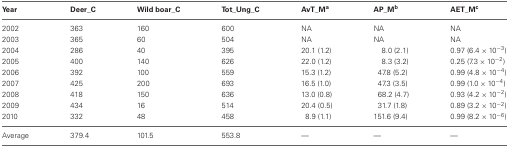
<table><thead><tr><td><b>Year</b></td><td><b>Deer_C</b></td><td><b>Wild boar_C</b></td><td><b>Tot_Ung_C</b></td><td><b>AvT_M<sup>a</sup></b></td><td><b>AP_M<sup>b</sup></b></td><td><b>AET_M<sup>c</sup></b></td></tr></thead><tbody><tr><td>2002</td><td>363</td><td>160</td><td>600</td><td>NA</td><td>NA</td><td>NA</td></tr><tr><td>2003</td><td>365</td><td>60</td><td>504</td><td>NA</td><td>NA</td><td>NA</td></tr><tr><td>2004</td><td>286</td><td>40</td><td>395</td><td>20.1 (1.2)</td><td>8.0 (2.1)</td><td>0.97 (6.4 × 10<sup>−3</sup>)</td></tr><tr><td>2005</td><td>400</td><td>140</td><td>626</td><td>22.0 (1.2)</td><td>8.3 (3.2)</td><td>0.25 (7.3 × 10<sup>−2</sup>)</td></tr><tr><td>2006</td><td>392</td><td>100</td><td>559</td><td>15.3 (1.2)</td><td>47.8 (5.2)</td><td>0.99 (4.8 × 10<sup>−4</sup>)</td></tr><tr><td>2007</td><td>425</td><td>200</td><td>693</td><td>16.5 (1.0)</td><td>47.3 (3.5)</td><td>0.99 (1.0 × 10<sup>−4</sup>)</td></tr><tr><td>2008</td><td>418</td><td>150</td><td>636</td><td>13.0 (0.8)</td><td>68.2 (4.7)</td><td>0.93 (4.2 × 10<sup>−2</sup>)</td></tr><tr><td>2009</td><td>434</td><td>16</td><td>514</td><td>20.4 (0.5)</td><td>31.7 (1.8)</td><td>0.89 (3.2 × 10<sup>−2</sup>)</td></tr><tr><td>2010</td><td>332</td><td>48</td><td>458</td><td>8.9 (1.1)</td><td>151.6 (9.4)</td><td>0.99 (8.2 × 10<sup>−6</sup>)</td></tr><tr><td>Average</td><td>379.4</td><td>101.5</td><td>553.8</td><td>—</td><td>—</td><td>—</td></tr></tbody></table>